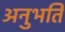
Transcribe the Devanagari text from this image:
अनुभति